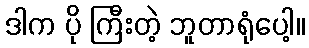
ဒါက ပို ကြီးတဲ့ ဘူတာရုံပေါ့။